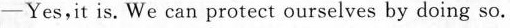
-Yes,it is. We can protect ourselves by doing so.